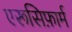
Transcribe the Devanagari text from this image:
एरूसिफ़ार्म